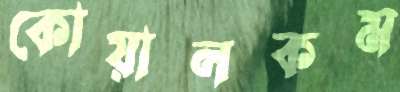
কোয়ালকম